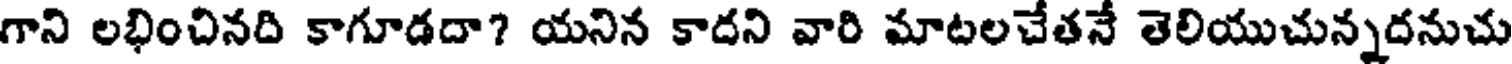
గాని లభించినది కాగూడదా? యనిన కాదని వారి మాటలచేతనే తెలియుచున్నదనుచు